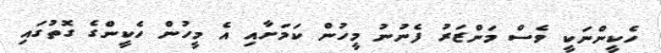
ހެކީންނަކީ ވެސް މަންޒަރު ފެނުނު މީހުން ކަމަށާއި އެ މީހުން ހެކީންގެ ގޮތުގައި